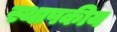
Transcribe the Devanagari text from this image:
स्थापकीय